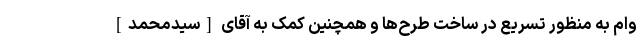
وام به منظور تسریع در ساخت طرح‌ها و همچنین کمک به آقای [سیدمحمد]